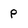
Character: p